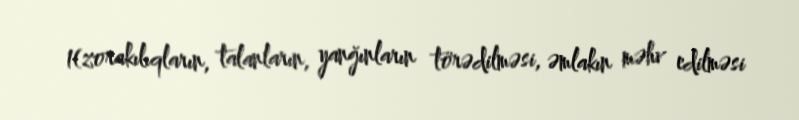
1(zorakılıqların, talanların, yanğınların törədilməsi, əmlakın məhv edilməsi